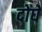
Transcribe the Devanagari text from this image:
दोघें